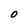
Character: 0